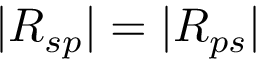
| R _ { s p } | = | R _ { p s } |